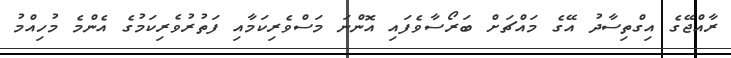
ރާއްޖޭގެ އިގްތިސާދު އޭގެ މައްޗަށް ބަރޯސާވެފައި އޮންނަ މަސްވެރިކަމާއި ފަތުރުވެރިކަމުގެ އެންމެ މުހިއްމު